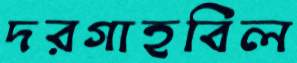
দরগাহবিল